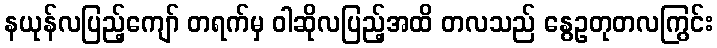
နယုန်လပြည့်ကျော် တရက်မှ ဝါဆိုလပြည့်အထိ တလသည် နွေဥတုတလကြွင်း